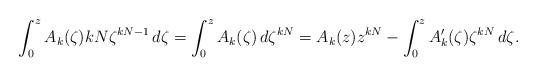
LaTeX: \begin{align*}\int_0^z A_k(\zeta) kN\zeta^{kN-1} \,d\zeta = \int_0^z A_k(\zeta)\,d\zeta^{kN} = A_k(z) z^{kN} - \int_0^z A'_k(\zeta) \zeta^{kN} \,d\zeta.\end{align*}